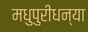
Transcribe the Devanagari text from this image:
मधुपुरीधन्या